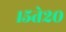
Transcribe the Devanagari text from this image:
१५ते२०